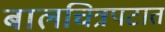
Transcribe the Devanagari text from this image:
बालचित्रपटात